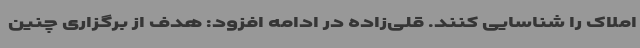
املاک را شناسایی کنند. قلی‌زاده در ادامه افزود: هدف از برگزاری چنین